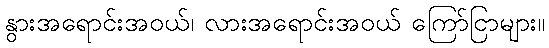
နွားအရောင်းအဝယ်၊ လားအရောင်းအဝယ် ကြော်ငြာများ။